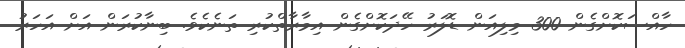
ހާއްސަކޮށްގެން 300 މިލިއަން ޑޮލަރު ހޭދަކޮށްގެން އިމާރާތްކުރި ތަނެކެވެ. ބިނާކުރަން އަށް އަހަރު